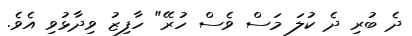
ދެ ބުރި ދެ ކުލަ މަސް ވެސް ހުރޭ" ހާފިޒު ވިދާޅުވި އެވެ.